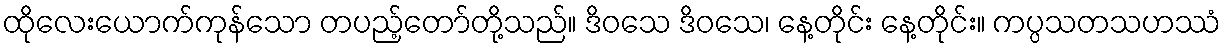
ထိုလေးယောက်ကုန်သော တပည့်တော်တို့သည်။ ဒိဝသေ ဒိဝသေ၊ နေ့တိုင်း နေ့တိုင်း။ ကပ္ပသတသဟဿံ